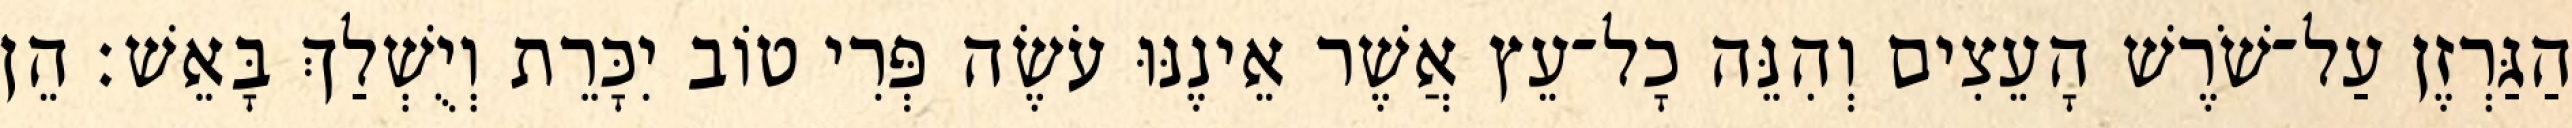
הַגַּרְזֶן עַל־שֹׁרֶשׁ הָעֵצִים וְהִנֵּה כָל־עֵץ אֲשֶׁר אֵינֶנּוּ עֹשֶׂה פְּרִי טוֹב יִכָּרֵת וְיֻשְׁלַךְ בָּאֵשׁ׃ הֵן